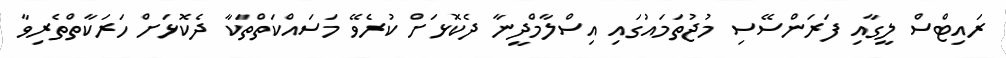
ރައިޓްސް ލީގާއި ފަރަންސޭސި މުޖުތަމައުގައި އިސްލާމްދީނާ ދެކޮޅަށް ކުރެވޭ މަސައްކަތްތަކާ ދެކޮޅަށް ހަރަކާތްތެރިވާ